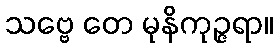
သဗ္ဗေ တေ မုနိကုဉ္ဇရာ။